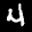
Label: 4